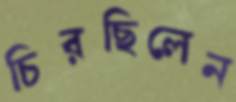
চিরছিলেন